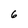
Character: 6